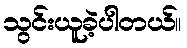
သွင်းယူခဲ့ပါတယ်။